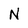
Character: N